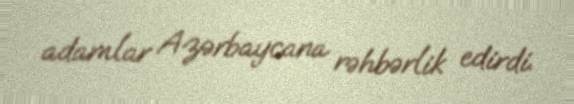
adamlar Azərbaycana rəhbərlik edirdi.